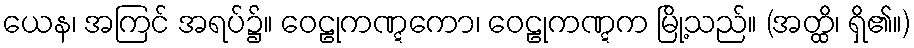
ယေန၊ အကြင် အရပ်၌။ ဝေဠုကဏ္ဋကော၊ ဝေဠုကဏ္ဋက မြို့သည်။ (အတ္ထိ၊ ရှိ၏။)